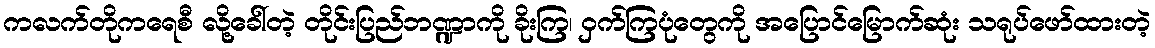
ကလက်တိုကရေစီ လို့ခေါ်တဲ့ တိုင်းပြည်ဘဏ္ဍာကို ခိုးကြ၊ ဝှက်ကြပုံတွေကို အပြောင်မြောက်ဆုံး သရုပ်ဖော်ထားတဲ့